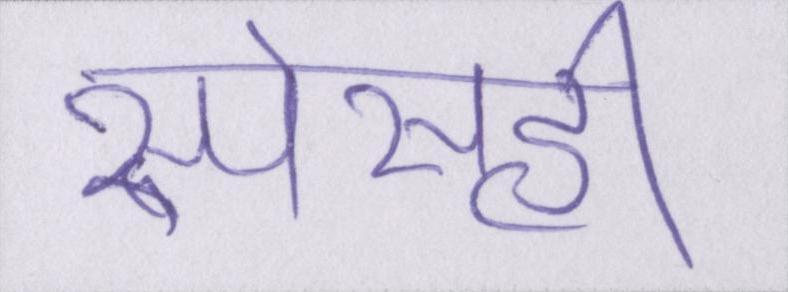
स्पेसही